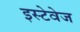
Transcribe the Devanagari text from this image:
इस्टेवेज